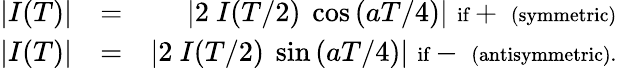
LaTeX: \begin{array}{rlr}{|I(T)|}&{=}&{|2~I(T/2)~\cos{(aT/4)}|\, \, \textrm{{\scriptsize if}}+\, \, \textrm{{\scriptsize(symmetric)}}}\\ {|I(T)|}&{=}&{|2~I(T/2)~\sin{(aT/4)}|\, \, \textrm{{\scriptsize if}}-\, \, \textrm{{\scriptsize(antisymmetric).}}}\end{array}